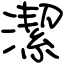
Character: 潔